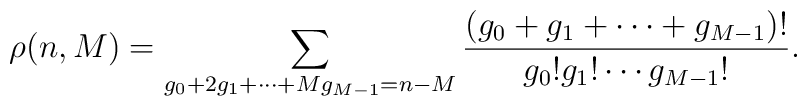
\rho (n,M)=\sum_{g_{0}+2g_{1}+\cdots +Mg_{M-1}=n-M}\frac{(g_{0}+g_{1}+\cdots+g_{M-1})!}{g_{0}!g_{1}!\cdots g_{M-1}!}.